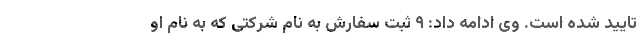
تایید شده است. وی ادامه داد: ۹ ثبت سفارش به نام شرکتی که به نام او